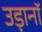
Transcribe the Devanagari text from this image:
उड़ानॉ